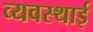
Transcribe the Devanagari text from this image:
व्यवस्थाई